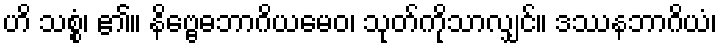
ဟိ သစ္စံ၊ ၏။ နိဗ္ဗေဓဘာဂိယမေဝ၊ သုတ်ကိုသာလျှင်။ ဒဿနဘာဂိယံ၊